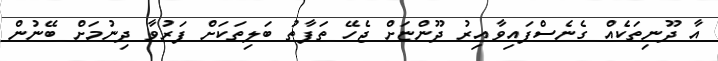
އާ ދޫނިތަކެއް ގެނެސްފައިވާއިރު ދޫންޏަށް ޖެހޭ ތަފާތު ބަލިތަކަށް ފަރުވާ ދިނުމަށް ބޭނުން